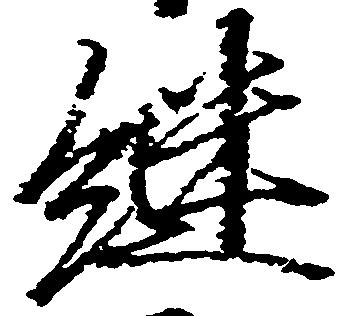
継